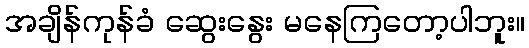
အချိန်ကုန်ခံ ဆွေးနွေး မနေကြတော့ပါဘူး။